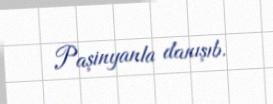
Paşinyanla danışıb.